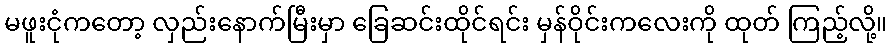
မဖူးငုံကတော့ လှည်းနောက်မြီးမှာ ခြေဆင်းထိုင်ရင်း မှန်ဝိုင်းကလေးကို ထုတ် ကြည့်လို့။